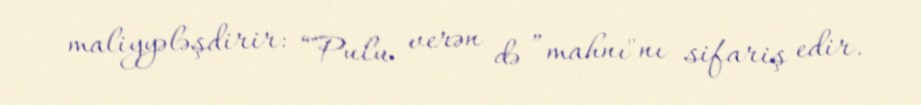
maliyyələşdirir: “Pulu verən də ”mahnı"nı sifariş edir.